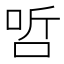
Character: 𠳇